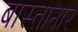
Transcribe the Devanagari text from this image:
बास्तानार